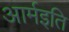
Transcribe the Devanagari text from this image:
आर्मइति